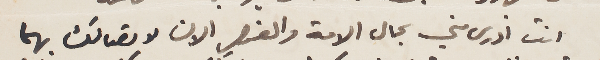
انت أدرى مني بحال الامة والعنصر الان لاتصالك بهما